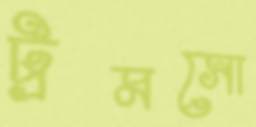
ট্রমসো